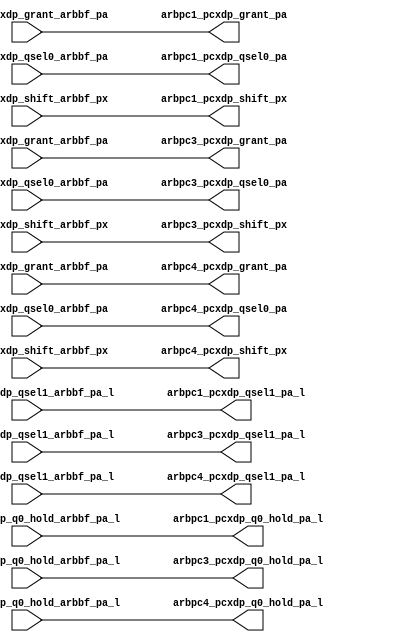
module pcx_buf_pm_odd(/*AUTOARG*/
   // Outputs
   arbpc1_pcxdp_grant_pa, arbpc1_pcxdp_q0_hold_pa_l, 
   arbpc1_pcxdp_qsel0_pa, arbpc1_pcxdp_qsel1_pa_l, 
   arbpc1_pcxdp_shift_px, arbpc3_pcxdp_grant_pa, 
   arbpc3_pcxdp_q0_hold_pa_l, arbpc3_pcxdp_qsel0_pa, 
   arbpc3_pcxdp_qsel1_pa_l, arbpc3_pcxdp_shift_px, 
   arbpc4_pcxdp_grant_pa, arbpc4_pcxdp_q0_hold_pa_l, 
   arbpc4_pcxdp_qsel0_pa, arbpc4_pcxdp_qsel1_pa_l, 
   arbpc4_pcxdp_shift_px, 
   // Inputs
   arbpc1_pcxdp_grant_arbbf_pa, arbpc1_pcxdp_q0_hold_arbbf_pa_l, 
   arbpc1_pcxdp_qsel0_arbbf_pa, arbpc1_pcxdp_qsel1_arbbf_pa_l, 
   arbpc1_pcxdp_shift_arbbf_px, arbpc3_pcxdp_grant_arbbf_pa, 
   arbpc3_pcxdp_q0_hold_arbbf_pa_l, arbpc3_pcxdp_qsel0_arbbf_pa, 
   arbpc3_pcxdp_qsel1_arbbf_pa_l, arbpc3_pcxdp_shift_arbbf_px, 
   arbpc4_pcxdp_grant_arbbf_pa, arbpc4_pcxdp_q0_hold_arbbf_pa_l, 
   arbpc4_pcxdp_qsel0_arbbf_pa, arbpc4_pcxdp_qsel1_arbbf_pa_l, 
   arbpc4_pcxdp_shift_arbbf_px
   );

   
   output 		arbpc1_pcxdp_grant_pa		;	
   output 		arbpc1_pcxdp_q0_hold_pa_l		;
   output 		arbpc1_pcxdp_qsel0_pa		;	
   output 		arbpc1_pcxdp_qsel1_pa_l		;	
   output 		arbpc1_pcxdp_shift_px		;	

   output 		arbpc3_pcxdp_grant_pa		;	
   output 		arbpc3_pcxdp_q0_hold_pa_l		;
   output 		arbpc3_pcxdp_qsel0_pa		;	
   output 		arbpc3_pcxdp_qsel1_pa_l		;	
   output 		arbpc3_pcxdp_shift_px		;	

   output 		arbpc4_pcxdp_grant_pa		;	
   output 		arbpc4_pcxdp_q0_hold_pa_l		;
   output 		arbpc4_pcxdp_qsel0_pa		;	
   output 		arbpc4_pcxdp_qsel1_pa_l		;	
   output 		arbpc4_pcxdp_shift_px		;	


   input 		arbpc1_pcxdp_grant_arbbf_pa;	
   input 		arbpc1_pcxdp_q0_hold_arbbf_pa_l;
   input 		arbpc1_pcxdp_qsel0_arbbf_pa;	
   input 		arbpc1_pcxdp_qsel1_arbbf_pa_l;	
   input 		arbpc1_pcxdp_shift_arbbf_px;	

   input 		arbpc3_pcxdp_grant_arbbf_pa;	
   input 		arbpc3_pcxdp_q0_hold_arbbf_pa_l;
   input 		arbpc3_pcxdp_qsel0_arbbf_pa;	
   input 		arbpc3_pcxdp_qsel1_arbbf_pa_l;	
   input 		arbpc3_pcxdp_shift_arbbf_px;	

   input 		arbpc4_pcxdp_grant_arbbf_pa;	
   input 		arbpc4_pcxdp_q0_hold_arbbf_pa_l;
   input 		arbpc4_pcxdp_qsel0_arbbf_pa;	
   input 		arbpc4_pcxdp_qsel1_arbbf_pa_l;	
   input 		arbpc4_pcxdp_shift_arbbf_px;	

   assign		arbpc1_pcxdp_grant_pa	   =         arbpc1_pcxdp_grant_arbbf_pa;      	
   assign		arbpc1_pcxdp_q0_hold_pa_l  =        arbpc1_pcxdp_q0_hold_arbbf_pa_l;  
   assign		arbpc1_pcxdp_qsel0_pa	   =        arbpc1_pcxdp_qsel0_arbbf_pa;      
   assign		arbpc1_pcxdp_qsel1_pa_l	   =        arbpc1_pcxdp_qsel1_arbbf_pa_l;    
   assign		arbpc1_pcxdp_shift_px	   =        arbpc1_pcxdp_shift_arbbf_px;      
								                                                   
   assign		arbpc3_pcxdp_grant_pa	   =         arbpc3_pcxdp_grant_arbbf_pa;      	
   assign		arbpc3_pcxdp_q0_hold_pa_l  =        arbpc3_pcxdp_q0_hold_arbbf_pa_l;  
   assign		arbpc3_pcxdp_qsel0_pa	   =        arbpc3_pcxdp_qsel0_arbbf_pa;      
   assign		arbpc3_pcxdp_qsel1_pa_l	   =        arbpc3_pcxdp_qsel1_arbbf_pa_l;    
   assign		arbpc3_pcxdp_shift_px	   =        arbpc3_pcxdp_shift_arbbf_px;      
								                                                   
   assign		arbpc4_pcxdp_grant_pa	   =         arbpc4_pcxdp_grant_arbbf_pa;      	
   assign		arbpc4_pcxdp_q0_hold_pa_l  =        arbpc4_pcxdp_q0_hold_arbbf_pa_l;  
   assign		arbpc4_pcxdp_qsel0_pa	   =        arbpc4_pcxdp_qsel0_arbbf_pa;      
   assign		arbpc4_pcxdp_qsel1_pa_l	   =        arbpc4_pcxdp_qsel1_arbbf_pa_l;    
   assign		arbpc4_pcxdp_shift_px	   =        arbpc4_pcxdp_shift_arbbf_px;      
								                                                   

endmodule